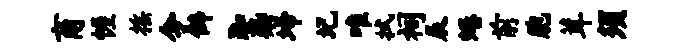
商幄摇令僻踟染埽圮唯拭祠辰蜷前胞茸须